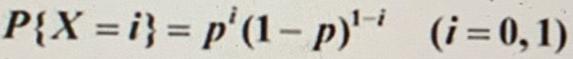
$P\{ X = i\} = p^{i}(1 - p)^{1 - i}\quad (i = 0,1)$